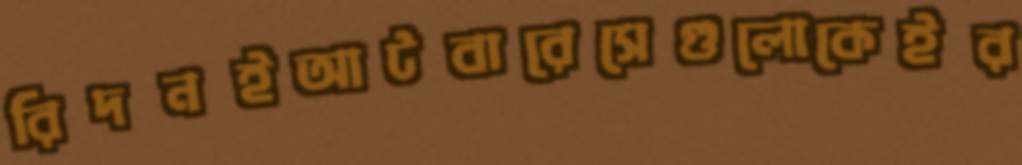
রিদনইআটবারেসেগুলোকেইর